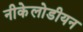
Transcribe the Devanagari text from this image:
नीकेलोडीयन